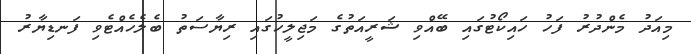
މިއަދު މެންދުރު ފަހު ހައިކޯޓުގައި ބޭއްވި ޝަރީއަތުގެ މަޖިލީހުގައި ރިޔާސަތު ބެލެހެއްޓެވި ފަނޑިޔާރު